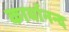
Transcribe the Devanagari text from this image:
कार्यानन्द